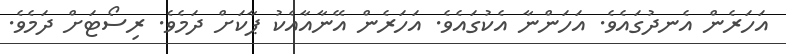
އަހަރެން އެނދުގައެވެ. އަހަންނާ އެކުގައެވެ. އަހަރެން އޭނާއާއެކު ޕާކަށް ދަމެވެ. ރިސޯޓަށް ދަމެވެ.